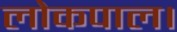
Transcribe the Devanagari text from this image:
लोकपाल।